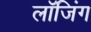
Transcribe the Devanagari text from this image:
लॉजिंग